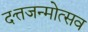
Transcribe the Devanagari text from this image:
दत्तजन्मोत्सव